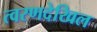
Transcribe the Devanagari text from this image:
त्वरणदेखिल